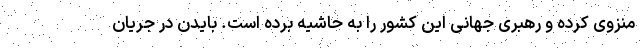
منزوی کرده و رهبری جهانی این کشور را به حاشیه برده است. بایدن در جریان